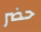
حضر